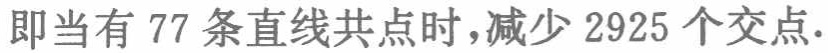
即当有 77 条直线共点时，减少 2925 个交点.